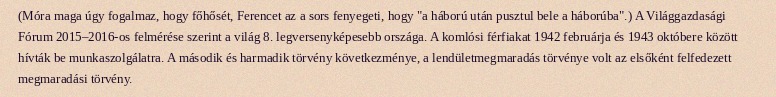
(Móra maga úgy fogalmaz, hogy főhősét, Ferencet az a sors fenyegeti, hogy "a háború után pusztul bele a háborúba".) A Világgazdasági Fórum 2015–2016-os felmérése szerint a világ 8. legversenyképesebb országa. A komlósi férfiakat 1942 februárja és 1943 októbere között hívták be munkaszolgálatra. A második és harmadik törvény következménye, a lendületmegmaradás törvénye volt az elsőként felfedezett megmaradási törvény.